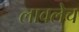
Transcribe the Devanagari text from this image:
लावलेच